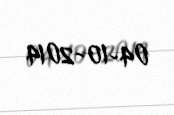
04-10-2014